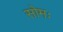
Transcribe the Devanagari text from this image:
सोमः